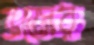
ব্রজের